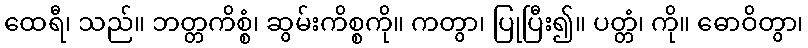
ထေရီ၊ သည်။ ဘတ္တကိစ္စံ၊ ဆွမ်းကိစ္စကို။ ကတွာ၊ ပြုပြီး၍။ ပတ္တံ၊ ကို။ ဓောဝိတွာ၊